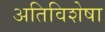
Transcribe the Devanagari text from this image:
अतिविशेषा